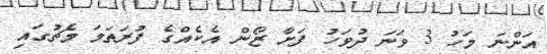
އަންނަ މަހު 3 ވަނަ ދުވަހު ފަށާ ޒޯން އެކެއްގެ ފުރަތަމަ މެޗުގައި